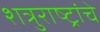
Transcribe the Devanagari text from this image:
शत्रुराष्ट्रांचे